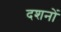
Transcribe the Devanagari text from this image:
दशनों